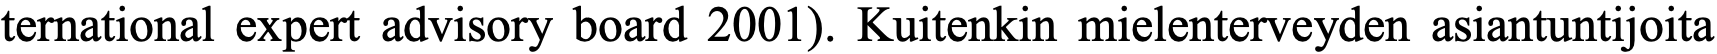
ternational expert advisory board 2001). Kuitenkin mielenterveyden asiantuntijoita